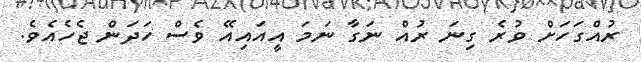
ރުއްގަހަށް ވުރެ ގިނަ ރުއް ނަގާ ނަމަ އީއައިއޭ ވެސް ހަދަން ޖެހެއެވެ.